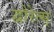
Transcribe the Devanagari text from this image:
द्वोरेत्स्